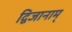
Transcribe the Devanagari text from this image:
द्विजानाम्